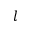
l